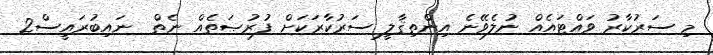
މި ސަރުކާރު ވައްޓައެއް ނުލެވޭނެ އިންތިޤާލީ ސަރުކާރަކަށް ފުރުޞަތެއް ނެތް  ނައިބުރައީސް2